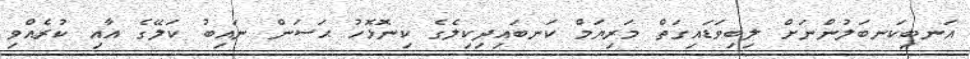
އަނބިކަނބަލުންނަށް ލިބިވަޑައިގަތް މަރިޔަމް ކަނބައިދިކިލެގެ ކިނޮޅޮހު ޙަސަން ނައިބު ކަލޭގެ އާއި ކުރެއްވި